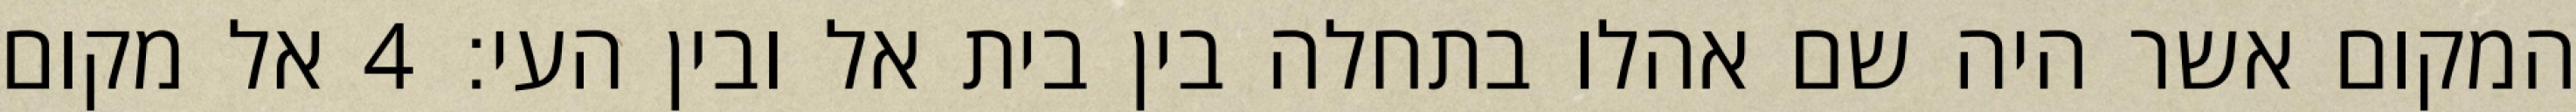
המקום אשר היה שם אהלו בתחלה בין בית אל ובין העי׃ ‎4‏ אל מקום